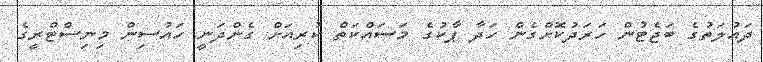
ދައުލަތުގެ ބަޖެޓުން ހަރަދުކޮށްގެން ހަދާ ޕާކުގެ މަސައްކަތް ކުރިއަށް ގެންދަނީ ހައުސިން މިނިސްޓްރީގެ